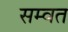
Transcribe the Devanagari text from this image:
सम्‍वत